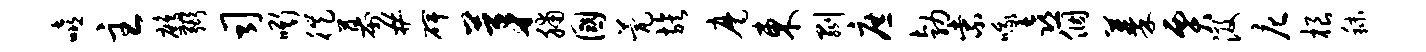
嘻主鹧弼司嘶徙幕#碑茅脯国甍族麾东剥庶勃紫哦喜个蓁贾汲庀根秣